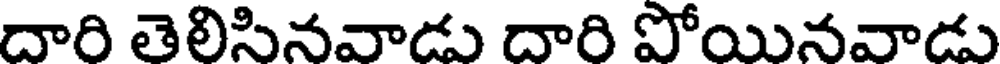
దారి తెలిసినవాడు దారి పోయినవాడు